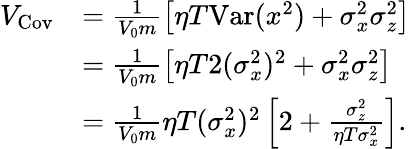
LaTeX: \begin{array}{rl}{V_{\mathrm{Cov}}}&{=\frac{1}{V_{0}m}\left[\eta T\mathrm{Var}(x^{2})+\sigma_{x}^{2}\sigma_{z}^{2}\right]}\\ &{=\frac{1}{V_{0}m}\left[\eta T2(\sigma_{x}^{2})^{2}+\sigma_{x}^{2}\sigma_{z}^{2}\right]}\\ &{=\frac{1}{V_{0}m}\eta T(\sigma_{x}^{2})^{2}\left[2+\frac{\sigma_{z}^{2}}{\eta T\sigma_{x}^{2}}\right].}\end{array}